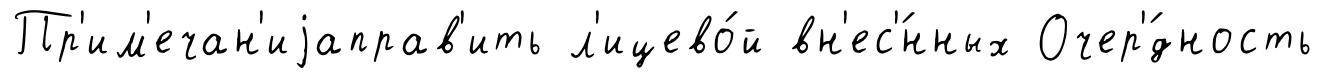
Пр'им'ечан'иjаправ'ить л'ицево́й вн'ес'́нных Очер'́дность